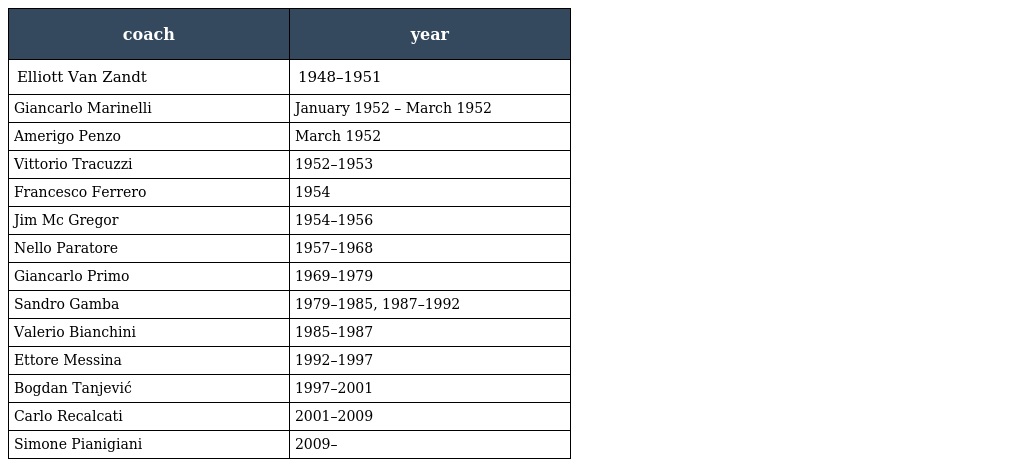
| coach | year |
 | --- | --- |
 | Elliott Van Zandt | 1948–1951 |
 | Giancarlo Marinelli | January 1952 – March 1952 |
 | Amerigo Penzo | March 1952 |
 | Vittorio Tracuzzi | 1952–1953 |
 | Francesco Ferrero | 1954 |
 | Jim Mc Gregor | 1954–1956 |
 | Nello Paratore | 1957–1968 |
 | Giancarlo Primo | 1969–1979 |
 | Sandro Gamba | 1979–1985, 1987–1992 |
 | Valerio Bianchini | 1985–1987 |
 | Ettore Messina | 1992–1997 |
 | Bogdan Tanjević | 1997–2001 |
 | Carlo Recalcati | 2001–2009 |
 | Simone Pianigiani | 2009– |